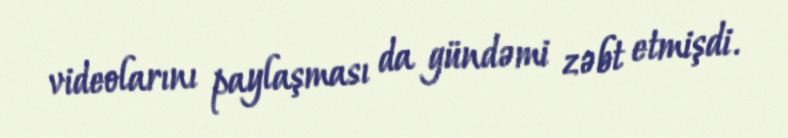
videolarını paylaşması da gündəmi zəbt etmişdi.